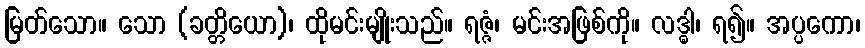
မြတ်သော။ သော (ခတ္တိယော)၊ ထိုမင်းမျိုးသည်။ ရဇ္ဇံ၊ မင်းအဖြစ်ကို။ လဒ္ဓါ၊ ရ၍။ အပ္ပကော၊